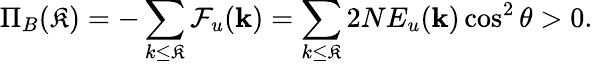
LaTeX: \Pi_{B}(\mathfrak{K})=-\sum_{k\le\mathfrak{K}}\mathcal{{F}}_{u}({\mathbf{k}})=\sum_{k\le\mathfrak{K}}2NE_{u}({\mathbf{k}})\cos^{2}\theta>0.